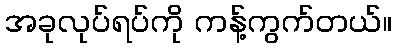
အခုလုပ်ရပ်ကို ကန့်ကွက်တယ်။